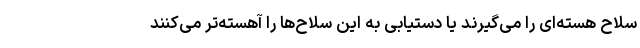
سلاح هسته‌ای را می‌گیرند یا دستیابی به این سلاح‌ها را آهسته‌تر می‌کنند